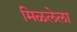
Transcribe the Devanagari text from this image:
मिळलेला